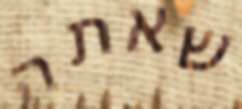
שאתה